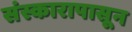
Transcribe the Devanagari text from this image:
संस्कारापासून